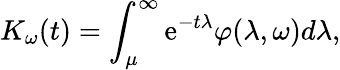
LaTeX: K_{\omega}(t)=\int_{\mu}^{\infty}\mathrm{e}^{-t\lambda}\varphi(\lambda,\omega)d\lambda,